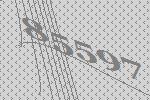
85597